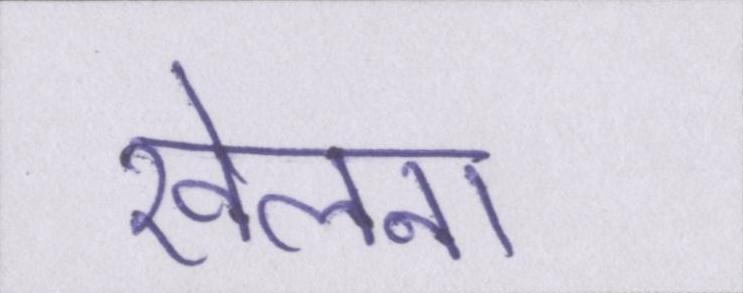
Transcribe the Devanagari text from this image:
खेलना